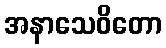
အနာသေဝိတော